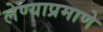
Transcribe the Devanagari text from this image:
लेण्याप्रमाणे